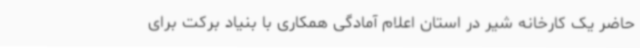
حاضر یک کارخانه شیر در استان اعلام آمادگی همکاری با بنیاد برکت برای